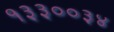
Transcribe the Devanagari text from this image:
१३३००३४